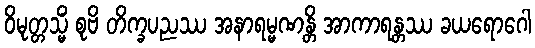
ဝိမုတ္တသ္မိံ စုဗိ တိက္ခပညဿ အနာရမ္မဏန္တိ အာကာရန္တဿ ခယရောဂေါ